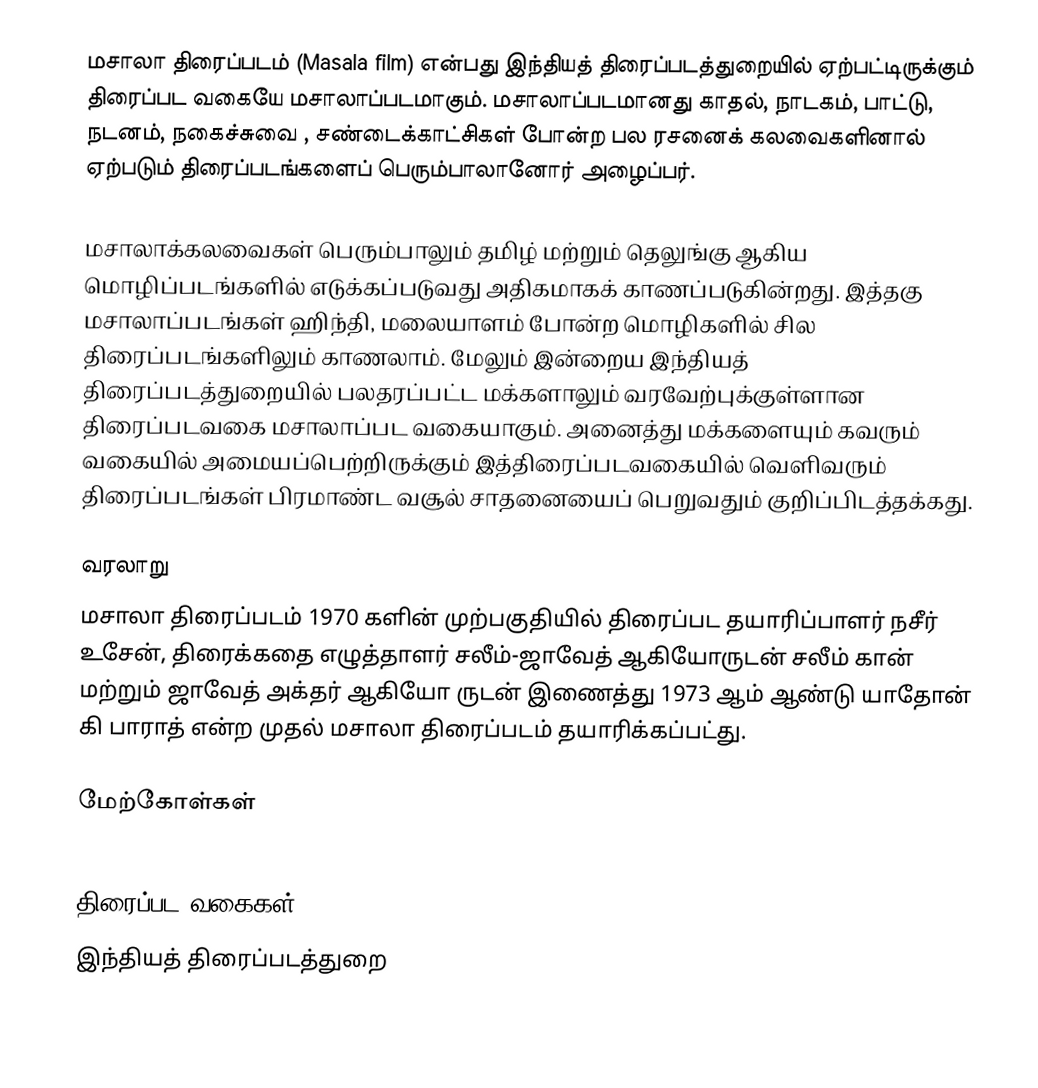
மசாலா திரைப்படம் (Masala film) என்பது இந்தியத் திரைப்படத்துறையில் ஏற்பட்டிருக்கும் திரைப்பட வகையே மசாலாப்படமாகும். மசாலாப்படமானது காதல், நாடகம், பாட்டு, நடனம், நகைச்சுவை , சண்டைக்காட்சிகள் போன்ற பல ரசனைக் கலவைகளினால் ஏற்படும் திரைப்படங்களைப் பெரும்பாலானோர் அழைப்பர்.

மசாலாக்கலவைகள் பெரும்பாலும்  தமிழ்  மற்றும் தெலுங்கு ஆகிய மொழிப்படங்களில் எடுக்கப்படுவது அதிகமாகக் காணப்படுகின்றது. இத்தகு மசாலாப்படங்கள் ஹிந்தி, மலையாளம் போன்ற மொழிகளில் சில திரைப்படங்களிலும் காணலாம். மேலும் இன்றைய இந்தியத் திரைப்படத்துறையில் பலதரப்பட்ட மக்களாலும் வரவேற்புக்குள்ளான திரைப்படவகை மசாலாப்பட வகையாகும். அனைத்து மக்களையும் கவரும் வகையில் அமையப்பெற்றிருக்கும் இத்திரைப்படவகையில் வெளிவரும் திரைப்படங்கள் பிரமாண்ட வசூல் சாதனையைப் பெறுவதும் குறிப்பிடத்தக்கது.

வரலாறு
மசாலா திரைப்படம் 1970 களின் முற்பகுதியில் திரைப்பட தயாரிப்பாளர் நசீர் உசேன், திரைக்கதை எழுத்தாளர் சலீம்-ஜாவேத் ஆகியோருடன் சலீம் கான் மற்றும் ஜாவேத் அக்தர் ஆகியோ ருடன் இணைத்து 1973 ஆம் ஆண்டு யாதோன் கி பாராத் என்ற முதல் மசாலா திரைப்படம் தயாரிக்கப்பட்து.

மேற்கோள்கள்

திரைப்பட வகைகள்
இந்தியத் திரைப்படத்துறை